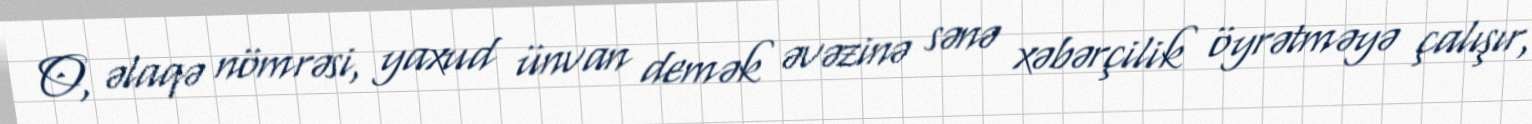
O, əlaqə nömrəsi, yaxud ünvan demək əvəzinə sənə xəbərçilik öyrətməyə çalışır,